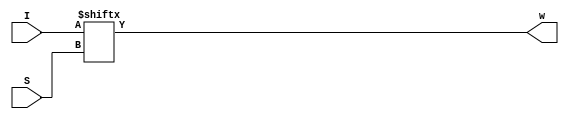
`timescale 1ns/1ns
module Mux2to1(input [1:0]I, input S, output w);
	assign #(23,25) w = I[S];

endmodule